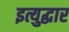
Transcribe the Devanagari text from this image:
इत्युद्धार